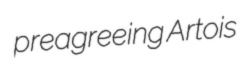
preagreeing Artois